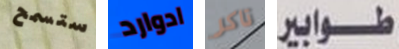
ستسمح ادوارد تاكر طوابير